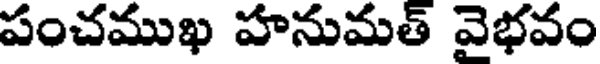
పంచముఖ హనుమత్ వైభవం